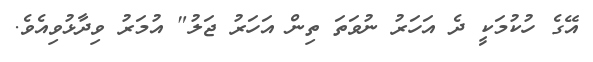
އޭގެ ހުކުމަކީ ދެ އަހަރު ނުވަތަ ތިން އަހަރު ޖަލު" އުމަރު ވިދާޅުވިއެވެ.